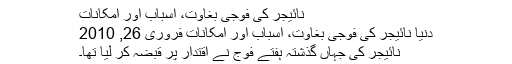
نائیجر کی فوجی بغاوت، اسباب اور امکانات
دنیا نائیجر کی فوجی بغاوت، اسباب اور امکانات فروری 26, 2010
نائیجر کی جہاں گذشتہ ہفتے فوج نے اقتدار پر قبضہ کر لیا تھا۔